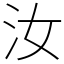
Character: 汝